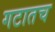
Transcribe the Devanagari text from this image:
गटातच